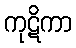
ကုဋိကာ